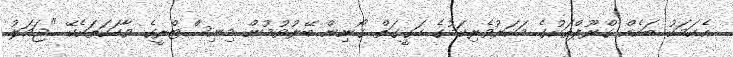
އެކަމަކު ބައެއް ގްރޫޕްތަކުގެ މަކަރުވެރިކަމުގެ ހަގީގަތް ގޯނިން ބޭރުވުމުން މިނިސްޓްރީގެ ވާހަކަތަކެކޭ "ޖަމަލު